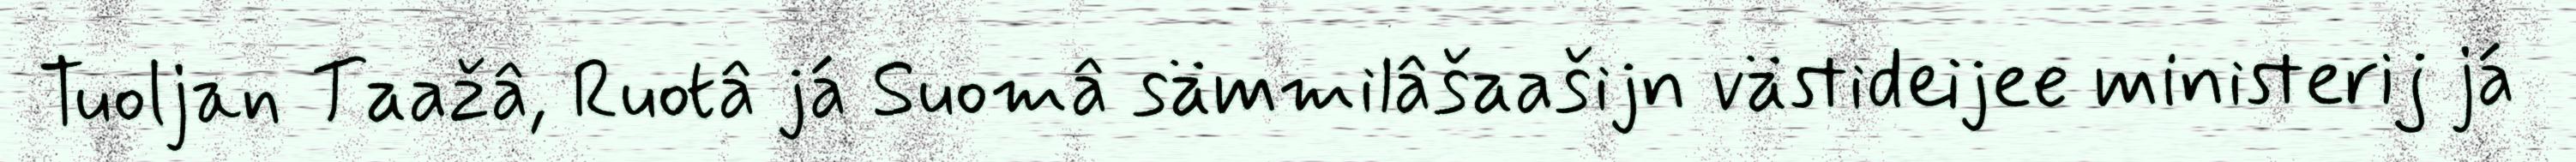
Tuoljan Taažâ, Ruotâ já Suomâ sämmilâšaašijn västideijee ministerij já